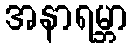
အနာရမ္ဘာ